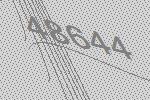
48644